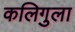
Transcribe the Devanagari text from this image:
कलिगुला